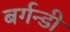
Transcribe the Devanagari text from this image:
बर्गन्डी